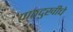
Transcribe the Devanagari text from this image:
पाठदुखीचे